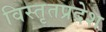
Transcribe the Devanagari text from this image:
विस्तृतप्रदेश